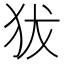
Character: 𤝜